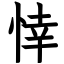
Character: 悻